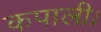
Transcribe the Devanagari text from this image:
कपाली।